system: You are a helpful assistant.
user:
Analyze the provided spectrum to determine if it is a **Carbon Star (C-type)**.

- **Key Visual Indicators of Carbon Star:**
    - **(Primary):** Strong molecular absorption from **C₂ (diatomic carbon) "Swan Bands."** This is the **defining feature** of a carbon star.
        - **(Key Bandheads):** Sharp absorption edges are visible at approximately $5635$ Å, $5165$ Å (the strongest band), and $4737$ Å.
        - **(Line Profile):** Creates a distinct **"saw-tooth"** pattern. The key morphology is a sharp, steep bandhead on the **red (long-wavelength) side**, which then gradually tapers off (i.e., flux recovers) towards the **blue (short-wavelength) side**. *(This is the direct opposite of the TiO bands seen in M-type stars)*.

    - **(Secondary):** Intense **CN (cyanogen)** molecular absorption bands.
        - **(Key Bandheads):** Located in the blue and violet regions of the spectrum (e.g., near $4215$ Å and $3883$ Å).
        - **(Morphology):** These bands are extremely broad and act as a "blanket," absorbing the vast majority of blue and violet light. This creates a characteristic **"cliff"** or **"steep drop-off"** in the spectrum's flux at short wavelengths.

    - **(Key Confirmation):** Strong **CH absorption band (G-band)**.
        - **(Key Bandhead):** Located around $4300$ Å. The contribution from CH molecules to this band is exceptionally strong.

    - **(Overall Spectrum):**
        - The continuum is severely "chopped up" by these deep molecular bands, especially C₂, rather than appearing as a smooth curve.
        - Due to the heavy CN and C₂ absorption in the blue-green, the vast majority of the star's flux is concentrated in the red part of the spectrum, giving the star its characteristic deep red color.

Think first, call **spectral_visualization_tool** if needed to examine features in detail, then provide your final answer. Your response must adhere to the following strict rules:
1.  **Overall Structure:** Your response must follow the format `<think>...</think> <tool_call>...</tool_call> (if a tool is used) <answer>...</answer>`.
2.  **Tool Usage Constraint:** You may only make **one** tool call per turn.
3.  **Final Answer Format:** In the `<answer>` tag, your conclusion must be inside a `\boxed{}` command (e.g., `\boxed{YES}`), followed by your justification.

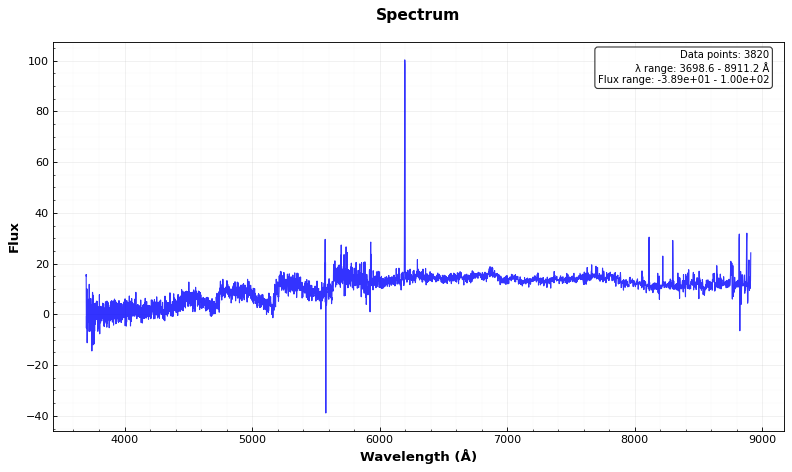
Answer: YES